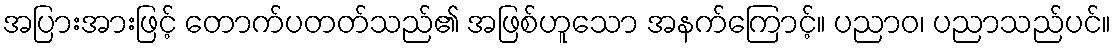
အပြားအားဖြင့် တောက်ပတတ်သည်၏ အဖြစ်ဟူသော အနက်ကြောင့်။ ပညာဝ၊ ပညာသည်ပင်။